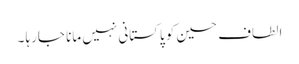
الطاف حسین کو پاکستانی نہیں مانا جارہا ۔